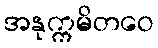
အနုက္ကမိတဝေ